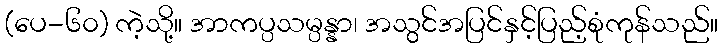
(ပေ-၆၀) ကဲ့သို့။ အာကပ္ပသမ္ပန္နာ၊ အသွင်အပြင်နှင့်ပြည့်စုံကုန်သည်။